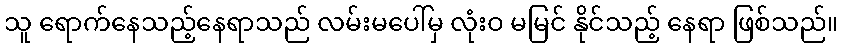
သူ ရောက်နေသည့်နေရာသည် လမ်းမပေါ်မှ လုံးဝ မမြင် နိုင်သည့် နေရာ ဖြစ်သည်။